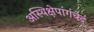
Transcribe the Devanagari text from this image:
अस्थिक्षेपांगंचेदं